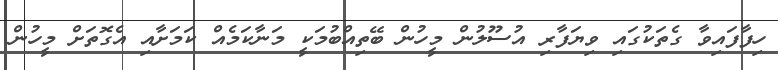
ހިފާފައިވާ ގެތަކުގައި ވިޔަފާރި އުސޫލުން މީހުން ބޭތިއްބުމަކީ މަނާކަމެއް ކަމަށާއި އެގޮތަށް މީހުން